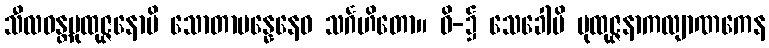
သီလဝန္တပုထုဇ္ဇနောပိ သောတာပန္နေနေဝ သင်္ဂဟိတော။ ဝိ-၌ သေခေါပိ ပုထုဇ္ဇနာကလျာဏကေန